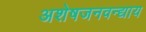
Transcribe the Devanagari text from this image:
अशेषजनवन्द्याय